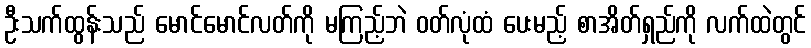
ဦးသက်ထွန်းသည် မောင်မောင်လတ်ကို မကြည့်ဘဲ ဝတ်လုံထံ ပေးမည့် စာအိတ်ရှည်ကို လက်ထဲတွင်